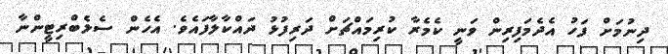
ދިނުމަށް ފަހު އެދެމަފިރިން ވަނީ ކެމެރާ ކުރިމައްޗަށް ދަރިފުޅު ދައްކާލާފައެވެ. އެހެން ސެލެބްރިޓީންނާ